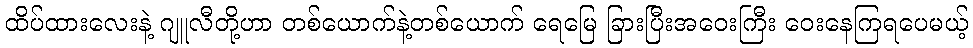
ထိပ်ထားလေးနဲ့ ဂျူလီတို့ဟာ တစ်ယောက်နဲ့တစ်ယောက် ရေမြေ ခြားပြီးအဝေးကြီး ဝေးနေကြရပေမယ့်